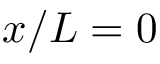
x / L = 0